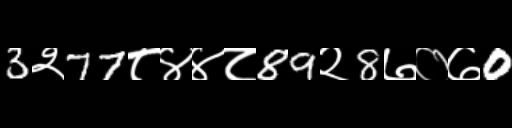
Text: 3२77८४४८89२8७०७0